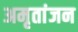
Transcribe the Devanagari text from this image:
अमृतांजन